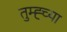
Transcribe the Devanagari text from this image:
तुम्ह्च्या